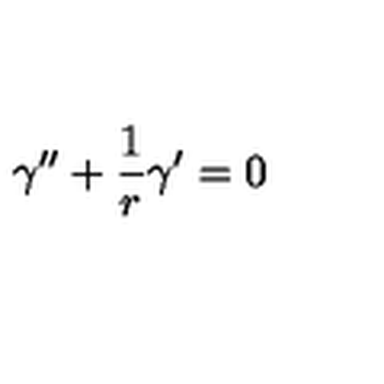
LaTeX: \gamma ^ { \prime \prime } + \frac { 1 } { r } \gamma ^ { \prime } = 0